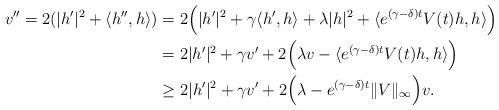
LaTeX: \begin{align*}v''= 2 (|h'|^2 + \langle h'', h \rangle ) &= 2 \Bigl(|h'|^2 + \gamma \langle h', h \rangle + \lambda |h|^2 + \langle e^{(\gamma-\delta)t}V(t) h, h\rangle\Bigr)\\&= 2|h'|^2 + \gamma v' + 2 \Bigl(\lambda v - \langle e^{(\gamma-\delta)t}V(t) h, h\rangle\Bigr)\\&\ge 2|h'|^2 + \gamma v' + 2 \Bigl(\lambda - e^{(\gamma-\delta)t} \|V\|_\infty \Bigr)v.\end{align*}